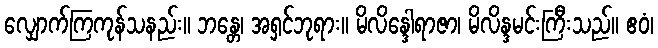
လျှောက်ကြကုန်သနည်း။ ဘန္တေ၊ အရှင်ဘုရား။ မိလိန္ဒေါရာဇာ၊ မိလိန္ဒမင်းကြီးသည်။ ဧဝံ၊